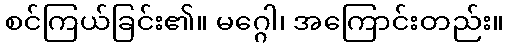
စင်ကြယ်ခြင်း၏။ မဂ္ဂေါ၊ အကြောင်းတည်း။